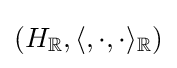
\left(H_{\mathbb {R} },\langle ,\cdot ,\cdot \rangle _{\mathbb {R} }\right)